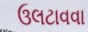
ઉલટાવવા